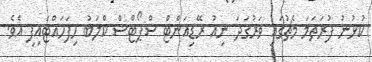
ކުޅުނު ފުރަތަމަ މެޗުގައި ވަރުގަދަ ނިއު ރޭޑިއަންޓް ސްޕޯޓްސް ކްލަބު ހިފަހައްޓައިފި އެވެ.